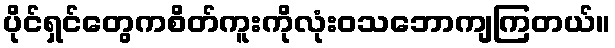
ပိုင်ရှင်တွေကစိတ်ကူးကိုလုံးဝသဘောကျကြတယ်။